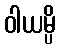
ဝါယမ္ပိ